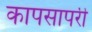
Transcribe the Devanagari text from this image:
कापसापरी